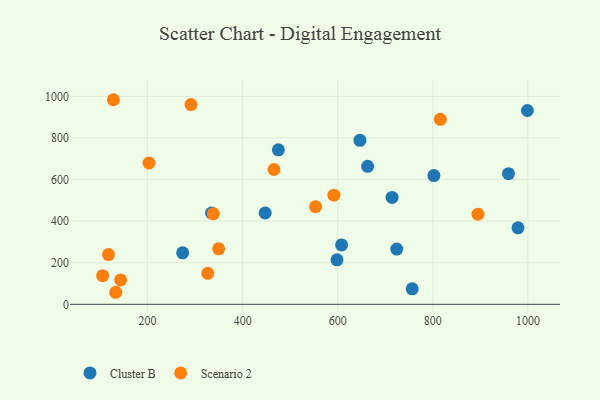
{"axis": {"x": "Investment", "y": "Demand"}, "legend": ["Cluster B", "Scenario 2"], "data": [{"x": "714.3", "y": 513.9, "type": "Cluster B"}, {"x": "334.5", "y": 439.1, "type": "Cluster B"}, {"x": "662.9", "y": 663.6, "type": "Cluster B"}, {"x": "724.1", "y": 265.7, "type": "Cluster B"}, {"x": "979.2", "y": 367.7, "type": "Cluster B"}, {"x": "998.9", "y": 931.9, "type": "Cluster B"}, {"x": "447.4", "y": 439.0, "type": "Cluster B"}, {"x": "598.5", "y": 213.9, "type": "Cluster B"}, {"x": "475.1", "y": 743.0, "type": "Cluster B"}, {"x": "756.7", "y": 74.5, "type": "Cluster B"}, {"x": "959.2", "y": 628.2, "type": "Cluster B"}, {"x": "608.1", "y": 285.8, "type": "Cluster B"}, {"x": "646.7", "y": 788.3, "type": "Cluster B"}, {"x": "273.8", "y": 247.5, "type": "Cluster B"}, {"x": "802.3", "y": 619.1, "type": "Cluster B"}, {"x": "553.3", "y": 469.5, "type": "Scenario 2"}, {"x": "143.3", "y": 117.5, "type": "Scenario 2"}, {"x": "117.8", "y": 239.4, "type": "Scenario 2"}, {"x": "128.2", "y": 983.7, "type": "Scenario 2"}, {"x": "592.0", "y": 524.9, "type": "Scenario 2"}, {"x": "338.4", "y": 435.1, "type": "Scenario 2"}, {"x": "105.5", "y": 137.8, "type": "Scenario 2"}, {"x": "815.7", "y": 889.4, "type": "Scenario 2"}, {"x": "291.4", "y": 960.4, "type": "Scenario 2"}, {"x": "203.0", "y": 679.4, "type": "Scenario 2"}, {"x": "465.9", "y": 648.1, "type": "Scenario 2"}, {"x": "133.0", "y": 57.9, "type": "Scenario 2"}, {"x": "349.6", "y": 266.7, "type": "Scenario 2"}, {"x": "326.5", "y": 148.8, "type": "Scenario 2"}, {"x": "895.0", "y": 433.4, "type": "Scenario 2"}]}